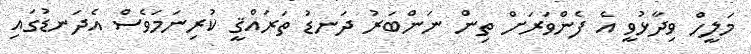
މަލީހް ވިދާޅުވީ އެ ފެންވަރަށް ތިން ނަންބަރު ދަނޑު ތަރައްޤީ ކުރިނަމަވެސް އެދަނޑުގައި